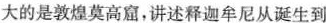
大的是敦煌莫高窟，讲述释迦牟尼从诞生到